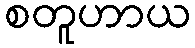
စတူဟာယ